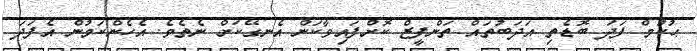
ޙުކުމް ފަދަ ބޮޑެތި އަދަބުތައް ތަންފީޒް ކޮށްފައިވާކަން އެނގޭކަށް ނެތެވެ. އެހެންކަމުން އެފަދަ